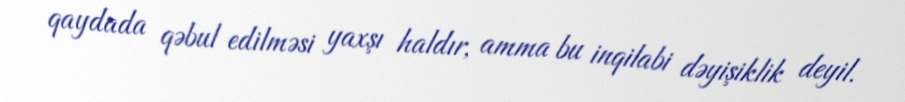
qaydada qəbul edilməsi yaxşı haldır, amma bu inqilabi dəyişiklik deyil.